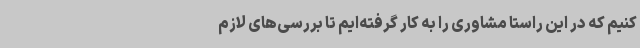
کنیم که در این راستا مشاوری را به کار گرفته‌ایم تا بررسی‌های لازم